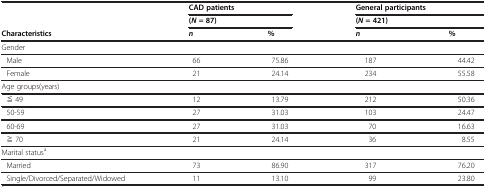
<table><thead><tr><td rowspan="2"><b> </b></td><td colspan="2"><b>CAD patients</b></td><td colspan="2"><b>General participants</b></td></tr><tr><td colspan="2"><b>(<i>N </i>= 87)</b></td><td colspan="2"><b>(<i>N </i>= 421)</b></td></tr><tr><td><b>Characteristics</b></td><td><b><i>n</i></b></td><td><b>%</b></td><td><b><i>n</i></b></td><td><b>%</b></td></tr></thead><tbody><tr><td>Gender</td><td> </td><td> </td><td> </td><td> </td></tr><tr><td>Male</td><td>66</td><td>75.86</td><td>187</td><td>44.42</td></tr><tr><td>Female</td><td>21</td><td>24.14</td><td>234</td><td>55.58</td></tr><tr><td>Age groups(years)</td><td> </td><td> </td><td> </td><td> </td></tr><tr><td>≦ 49</td><td>12</td><td>13.79</td><td>212</td><td>50.36</td></tr><tr><td>50-59</td><td>27</td><td>31.03</td><td>103</td><td>24.47</td></tr><tr><td>60-69</td><td>27</td><td>31.03</td><td>70</td><td>16.63</td></tr><tr><td>≧ 70</td><td>21</td><td>24.14</td><td>36</td><td>8.55</td></tr><tr><td>Marital status<sup>a</sup></td><td> </td><td> </td><td> </td><td> </td></tr><tr><td>Married</td><td>73</td><td>86.90</td><td>317</td><td>76.20</td></tr><tr><td>Single/Divorced/Separated/Widowed</td><td>11</td><td>13.10</td><td>99</td><td>23.80</td></tr></tbody></table>